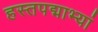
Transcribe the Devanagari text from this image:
हस्तपद्माभ्यां